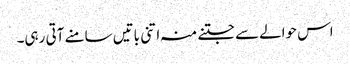
اس حوالےسے جتنے منہ اتنی باتیں سامنے آتی رہی۔